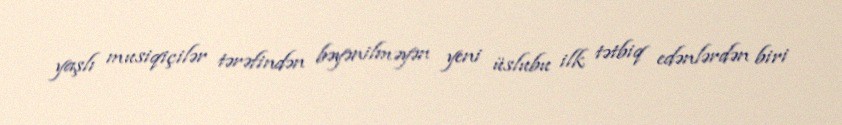
yaşlı musiqiçilər tərəfindən bəyənilməyən yeni üslubu ilk tətbiq edənlərdən biri